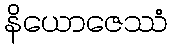
နိယောဇေဿံ